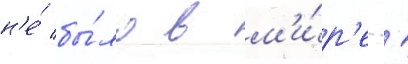
н'е́ бы́ло в м'и́р'е.'